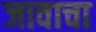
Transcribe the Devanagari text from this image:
जावाचा